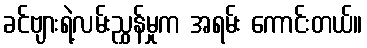
ခင်ဗျားရဲ့လမ်းညွှန်မှုက အရမ်း ကောင်းတယ်။